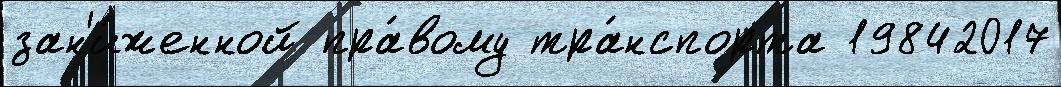
зан'и́женной пра́вому тра́нспорта 19842017